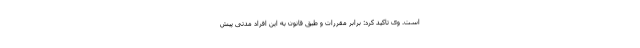
است. وی تاکید کرد: برابر مقررات و طبق قانون به این افراد مدتی پیش